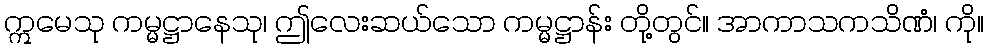
ဣမေသု ကမ္မဋ္ဌာနေသု၊ ဤလေးဆယ်သော ကမ္မဋ္ဌာန်း တို့တွင်။ အာကာသကသိဏံ၊ ကို။